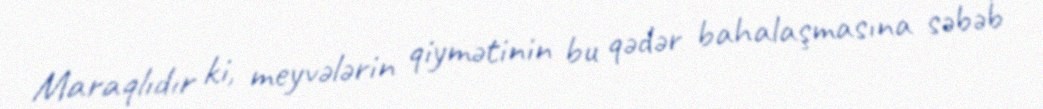
Maraqlıdır ki, meyvələrin qiymətinin bu qədər bahalaşmasına səbəb